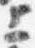
上